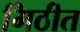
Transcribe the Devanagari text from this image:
मिठीत